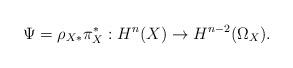
LaTeX: \begin{align*}\Psi=\rho_{X*} \pi_X^*: H^{n}(X)\rightarrow H^{n-2}(\Omega_X).\end{align*}